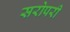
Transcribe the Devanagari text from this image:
सरोपरी